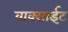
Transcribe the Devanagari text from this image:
वाक्साईट